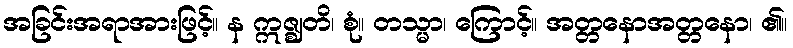
အခြင်းအရာအားဖြင့်။ န ဣဇ္ဈတိ၊ စုံ။ တသ္မာ၊ ကြောင့်။ အတ္တနောအတ္တနော၊ ၏။